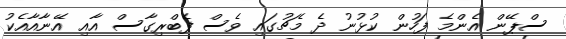
ސްޕޭން އެންމެ ފަހުން ކުޅުނު ދެ މެޗުގައި ވެސް ފެބްރިގާސް އާއި އޭނާއާއެކު